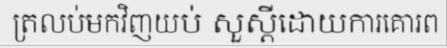
ត្រលប់មកវិញយប់ សួស្តីដោយការគោរព